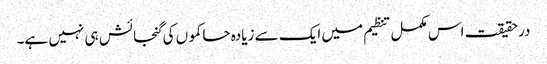
درحقیقت اس مکمل تنظیم میں ایک سے زیادہ حاکموں کی گنجائش ہی نہیں ہے۔